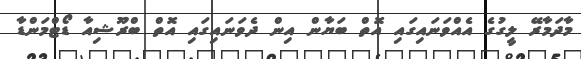
މާދަމާރޭ ލީގުގެ އެއްވަނައިގައި އޮތް ބަޔާން އިން ދެވަނައިގައި އޮތް ބްރޫޝިއާ ޑޯޓްމަންޑާ